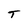
Character: T